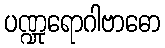
ပဏ္ဍုရောဂါဗာဓော